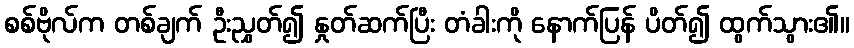
စစ်ဗိုလ်က တစ်ချက် ဦးညွှတ်၍ နှုတ်ဆက်ပြီး တံခါးကို နောက်ပြန် ပိတ်၍ ထွက်သွား၏။